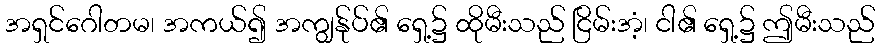
အရှင်ဂေါတမ၊ အကယ်၍ အကျွန်ုပ်၏ ရှေ့၌ ထိုမီးသည် ငြိမ်းအံ့၊ ငါ၏ ရှေ့၌ ဤမီးသည်